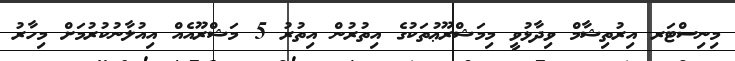
މިނިސްޓަރ އިރުތިޝާމް ވިދާޅުވީ މިމަޝްރޫޢުތަކުގެ އިތުރުން އިތުރު 5 މަޝްރޫއެއް އިއުލާނުކުރުމަށް މިހާރު